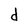
Character: d